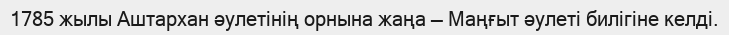
1785 жылы Аштархан әулетінің орнына жаңа — Маңғыт әулеті билігіне келді.